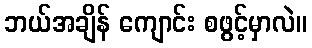
ဘယ်အချိန် ကျောင်း စဖွင့်မှာလဲ။